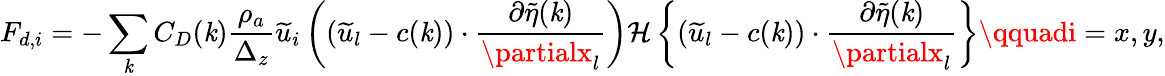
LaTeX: F_{d,i}=-\sum_{\mathit{k}}C_{D}(\mathit{k})\frac{{\rho_{a}}}{{\Delta_{z}}}\widetilde{{u}}_{i}\left((\widetilde{{u}}_{l}-c(\mathit{k}))\cdot\frac{{\partial\widetilde{{\eta}}(\mathit{k})}}{{\partialx_{l}}}\right){\mathcal{{H}}\left\{ (\widetilde{{u}}_{l}-c(\mathit{k}))\cdot\frac{{\partial\widetilde{{\eta}}(\mathit{k})}}{{\partialx_{l}}}\right\} }\qquadi=x,y,